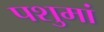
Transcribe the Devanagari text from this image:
पशुमां